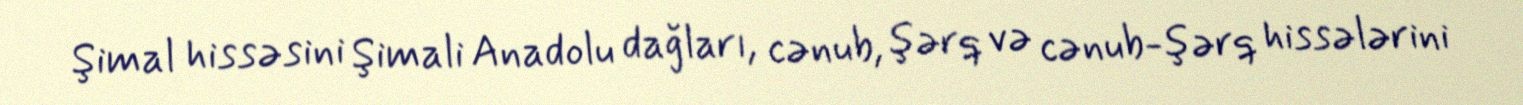
Şimal hissəsini Şimali Anadolu dağları, cənub, şərq və cənub-şərq hissələrini